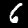
Label: 6